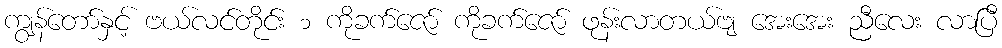
ကျွန်တော်နှင့် ဗယ်လင်တိုင်း ၁ ကိုခက်ဇော် ကိုခက်ဇော် ဖုန်းလာတယ်ဗျ အေးအေး ညီလေး လာပြီ